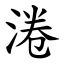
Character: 淃